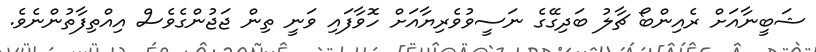
ޝަބީނާއަށް ރެއިންބޯ ޗާލު ބަދިގޭގެ ނަސީވުވެރިޔާއަށް ހޮވާފައި ވަނީ ތިން ޖަޖުންގެވެސް އިއްތިފާތުންނެވެ.